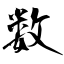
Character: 数